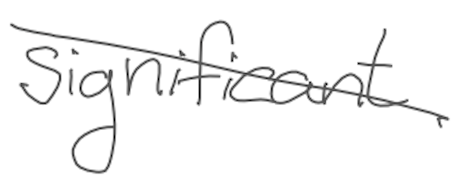
Text: significant
Cross-out: diagonal
Writing tool: digital_gray